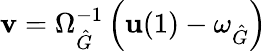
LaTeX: \mathbf{v}=\Omega_{\hat{G}}^{-1}\left(\mathbf{u}(1)-\omega_{\hat{G}}\right)